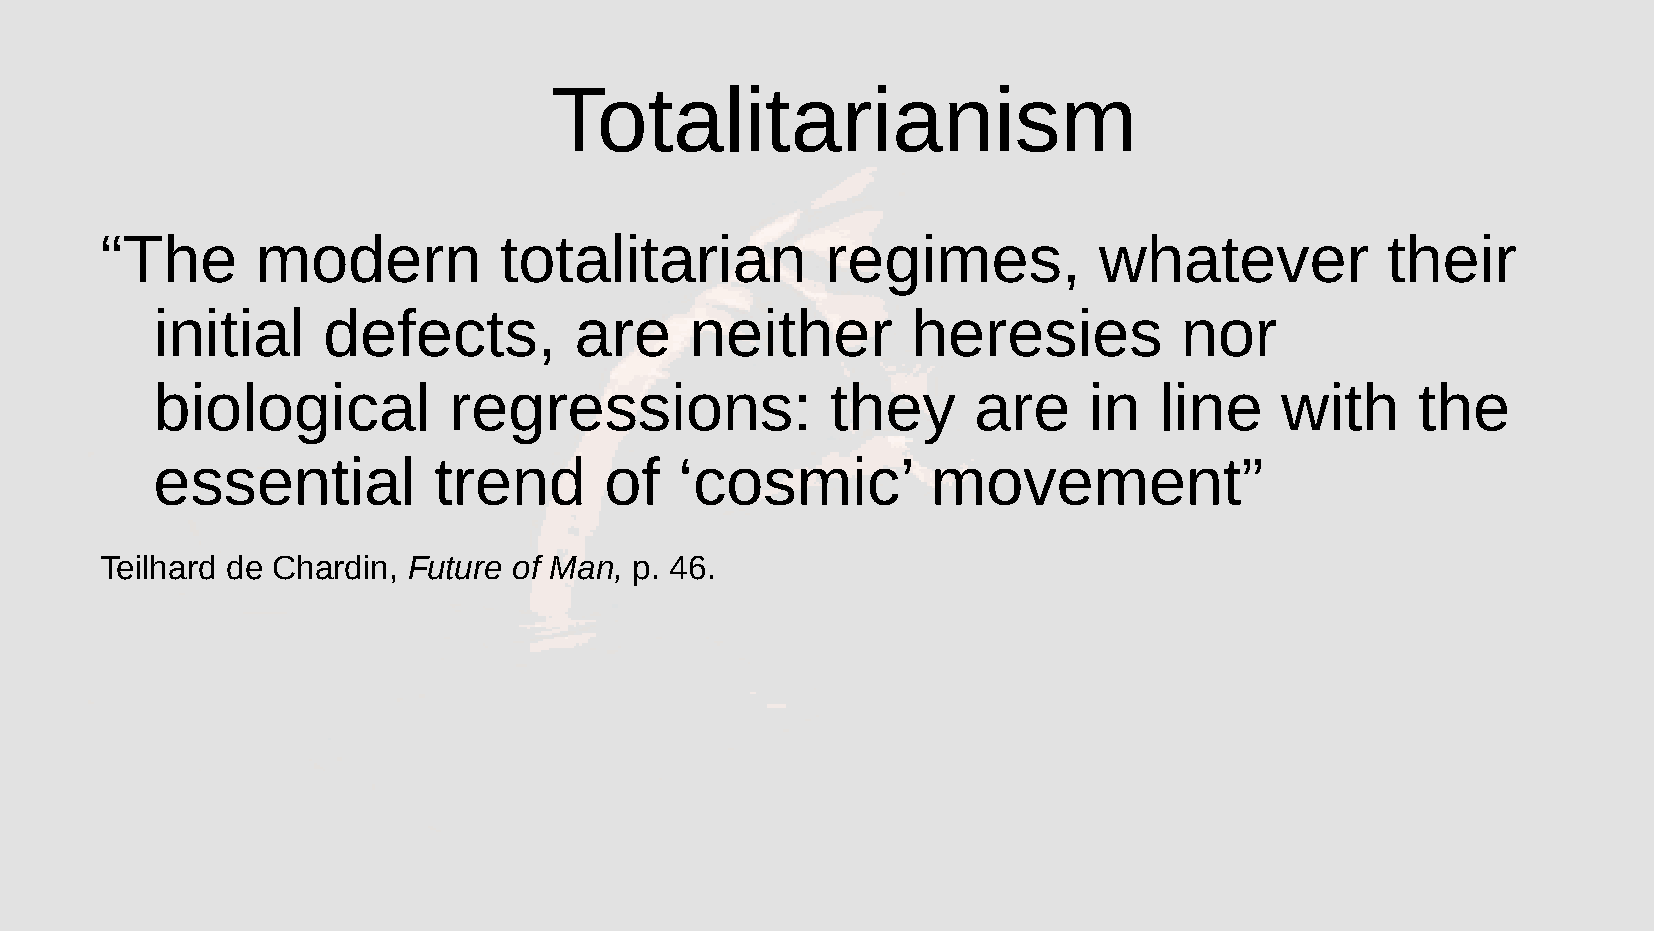
Totalitarianism
 “The      modern          totalitarian          regimes,          whatever           their
 initial    defects,         are     neither       heresies          nor
 biological          regressions:             they     are     in   line    with     the
 essential          trend      of   ‘cosmic’         movement”
 Teilhard de Chardin, Future of Man, p. 46.